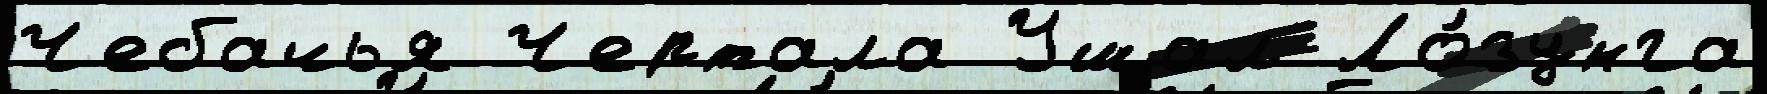
Чебачья Чертала Ушал Ло́зунга